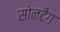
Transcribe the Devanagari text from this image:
सोनटैग